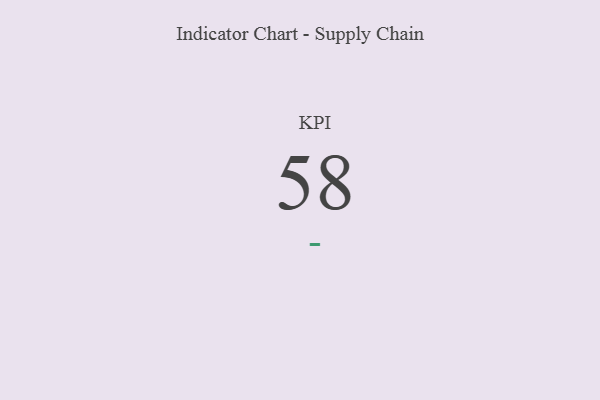
{"axis": {"x": "KPI", "y": "Value"}, "legend": [""], "data": [{"x": "KPI", "y": 58, "type": ""}]}